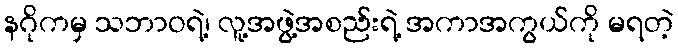
နဂိုကမှ သဘာဝရဲ့၊ လူ့အဖွဲ့အစည်းရဲ့ အကာအကွယ်ကို မရတဲ့